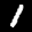
Label: 1